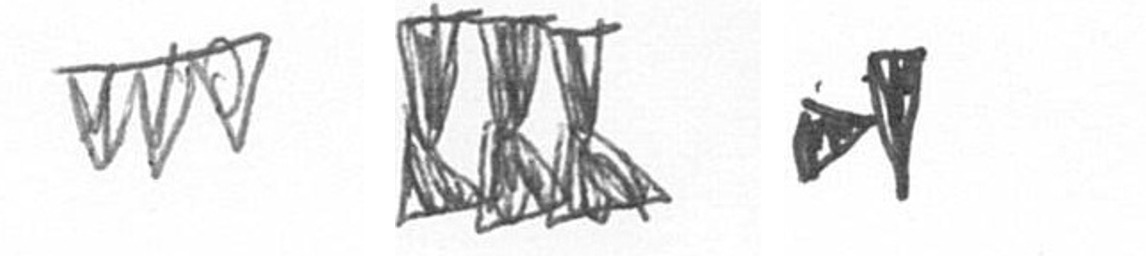
L D M